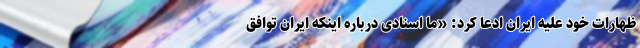
ظهارات خود علیه ایران ادعا کرد: «ما اسنادی درباره اینکه ایران توافق